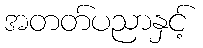
အတတ်ပညာနှင့်